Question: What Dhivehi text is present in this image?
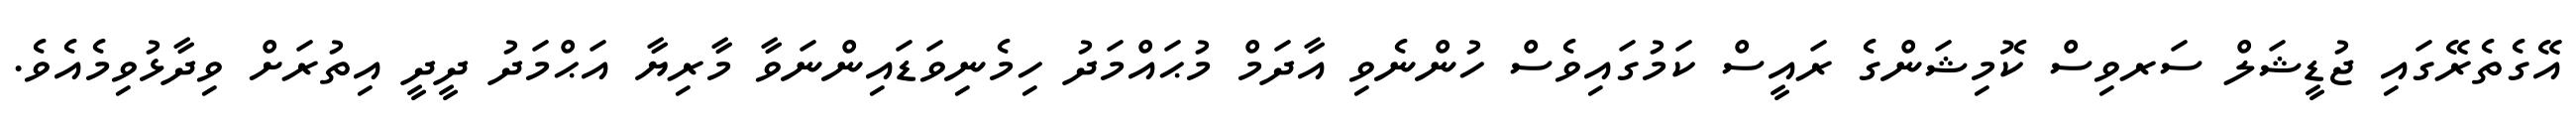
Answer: އޭގެތެރޭގައި ޖުޑީޝަލް ސަރވިސް ކޮމިޝަންގެ ރައީސް ކަމުގައިވެސް ހުންނެވި އާދަމް މުޙައްމަދު ހިމެނިވަޑައިންނަވާ މާރިޔާ އަޙްމަދު ދީދީ އިތުރަށް ވިދާޅުވިމެއެވެ.